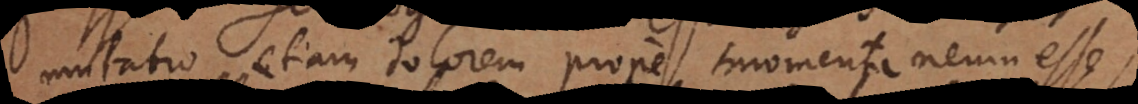
mutatio etiam dolorem prope momentaneum esse,